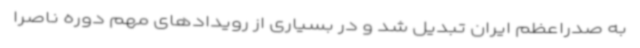
به صدراعظم ایران تبدیل شد و در بسیاری از رویدادهای مهم دوره ناصرا